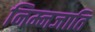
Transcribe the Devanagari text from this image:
निम्नजाति